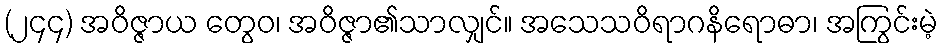
(၂၄၄) အဝိဇ္ဇာယ တွေဝ၊ အဝိဇ္ဇာ၏သာလျှင်။ အသေသဝိရာဂနိရောဓာ၊ အကြွင်းမဲ့